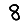
Digit: 8